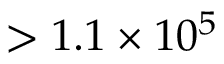
> 1 . 1 \times 1 0 ^ { 5 }